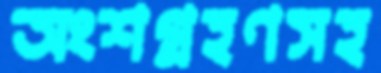
অংশগ্রহণসহ